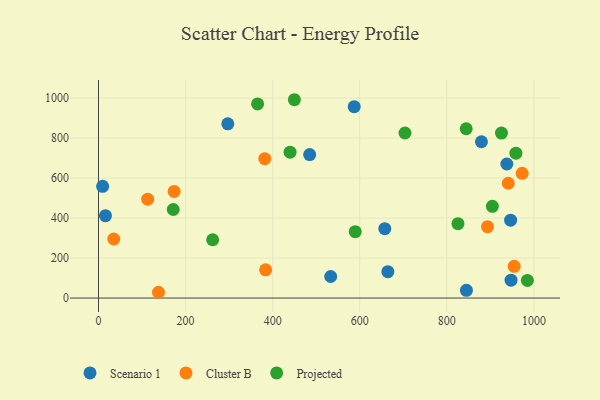
{"axis": {"x": "Ad Spend", "y": "Rating"}, "legend": ["Cluster B", "Projected", "Scenario 1"], "data": [{"x": "16.0", "y": 411.6, "type": "Scenario 1"}, {"x": "845.0", "y": 38.7, "type": "Scenario 1"}, {"x": "9.5", "y": 558.4, "type": "Scenario 1"}, {"x": "533.3", "y": 107.7, "type": "Scenario 1"}, {"x": "297.0", "y": 871.1, "type": "Scenario 1"}, {"x": "947.5", "y": 89.5, "type": "Scenario 1"}, {"x": "937.8", "y": 670.2, "type": "Scenario 1"}, {"x": "879.5", "y": 781.4, "type": "Scenario 1"}, {"x": "587.3", "y": 956.9, "type": "Scenario 1"}, {"x": "485.0", "y": 717.5, "type": "Scenario 1"}, {"x": "657.5", "y": 347.0, "type": "Scenario 1"}, {"x": "664.6", "y": 131.7, "type": "Scenario 1"}, {"x": "946.5", "y": 389.2, "type": "Scenario 1"}, {"x": "35.1", "y": 295.1, "type": "Cluster B"}, {"x": "137.8", "y": 28.8, "type": "Cluster B"}, {"x": "893.4", "y": 357.0, "type": "Cluster B"}, {"x": "954.7", "y": 158.4, "type": "Cluster B"}, {"x": "113.0", "y": 494.1, "type": "Cluster B"}, {"x": "383.8", "y": 141.0, "type": "Cluster B"}, {"x": "941.1", "y": 573.9, "type": "Cluster B"}, {"x": "173.8", "y": 533.1, "type": "Cluster B"}, {"x": "381.9", "y": 696.7, "type": "Cluster B"}, {"x": "973.1", "y": 623.7, "type": "Cluster B"}, {"x": "262.2", "y": 291.3, "type": "Projected"}, {"x": "958.7", "y": 724.1, "type": "Projected"}, {"x": "449.9", "y": 991.5, "type": "Projected"}, {"x": "440.0", "y": 729.4, "type": "Projected"}, {"x": "365.4", "y": 970.4, "type": "Projected"}, {"x": "703.9", "y": 825.2, "type": "Projected"}, {"x": "925.5", "y": 824.7, "type": "Projected"}, {"x": "171.7", "y": 442.6, "type": "Projected"}, {"x": "825.6", "y": 371.7, "type": "Projected"}, {"x": "904.6", "y": 458.6, "type": "Projected"}, {"x": "589.7", "y": 331.8, "type": "Projected"}, {"x": "844.5", "y": 846.3, "type": "Projected"}, {"x": "985.0", "y": 87.8, "type": "Projected"}]}